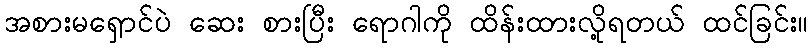
အစားမရှောင်ပဲ ဆေး စားပြီး ရောဂါကို ထိန်းထားလို့ရတယ် ထင်ခြင်း။